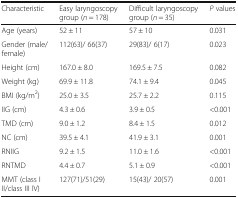
<table><thead><tr><td><b>Characteristic</b></td><td><b>Easy laryngoscopy group (<i>n</i> = 178)</b></td><td><b>Difficult laryngoscopy group (<i>n</i> = 35)</b></td><td><b><i>P</i> values</b></td></tr></thead><tbody><tr><td>Age (years)</td><td>52 ± 11</td><td>57 ± 10</td><td>0.031</td></tr><tr><td>Gender (male/female)</td><td>112(63)/ 66(37)</td><td>29(83)/ 6(17)</td><td>0.023</td></tr><tr><td>Height (cm)</td><td>167.0 ± 8.0</td><td>169.5 ± 7.5</td><td>0.082</td></tr><tr><td>Weight (kg)</td><td>69.9 ± 11.8</td><td>74.1 ± 9.4</td><td>0.045</td></tr><tr><td>BMI (kg/m<sup>2</sup>)</td><td>25.0 ± 3.5</td><td>25.7 ± 2.2</td><td>0.115</td></tr><tr><td>IIG (cm)</td><td>4.3 ± 0.6</td><td>3.9 ± 0.5</td><td>&lt;0.001</td></tr><tr><td>TMD (cm)</td><td>9.0 ± 1.2</td><td>8.4 ± 1.5</td><td>0.012</td></tr><tr><td>NC (cm)</td><td>39.5 ± 4.1</td><td>41.9 ± 3.1</td><td>0.001</td></tr><tr><td>RNIIG</td><td>9.2 ± 1.5</td><td>11.0 ± 1.6</td><td>&lt;0.001</td></tr><tr><td>RNTMD</td><td>4.4 ± 0.7</td><td>5.1 ± 0.9</td><td>&lt;0.001</td></tr><tr><td>MMT (class I II/class III IV)</td><td>127(71)/51(29)</td><td>15(43)/ 20(57)</td><td>0.001</td></tr></tbody></table>